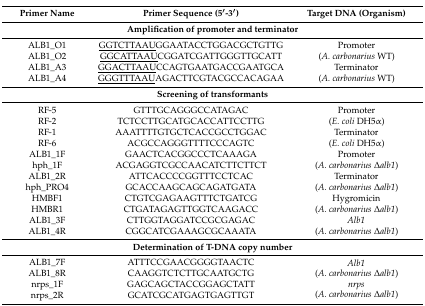
<table><thead><tr><td><b>Primer Name</b></td><td><b>Primer Sequence (5′-3′)</b></td><td><b>Target DNA (Organism)</b></td></tr></thead><tbody><tr><td colspan="3"><b>Amplification of promoter and terminator</b></td></tr><tr><td>ALB1_O1</td><td><underline>GGTCTTAAU</underline>GGAATACCTGGACGCTGTTG</td><td rowspan="2">Promoter(<i>A. carbonarius</i> WT)</td></tr><tr><td>ALB1_O2</td><td><underline>GGCATTAAU</underline>CGGATCGATTGGGTTGCATT</td></tr><tr><td>ALB1_A3</td><td><underline>GGACTTAAU</underline>CCAGTGAATGACCGAATGCA</td><td rowspan="2">Terminator(<i>A. carbonarius</i> WT)</td></tr><tr><td>ALB1_A4</td><td><underline>GGGTTTAAU</underline>AGACTTCGTACGCCACAGAA</td></tr><tr><td colspan="3"><b>Screening of transformants</b></td></tr><tr><td>RF-5</td><td>GTTTGCAGGGCCATAGAC</td><td rowspan="2">Promoter(<i>E. coli</i> DH5α)</td></tr><tr><td>RF-2</td><td>TCTCCTTGCATGCACCATTCCTTG</td></tr><tr><td>RF-1</td><td>AAATTTTGTGCTCACCGCCTGGAC</td><td rowspan="2">Terminator(<i>E. coli</i> DH5α)</td></tr><tr><td>RF-6</td><td>ACGCCAGGGTTTTCCCAGTC</td></tr><tr><td>ALB1_1F</td><td>GAACTCACGGCCCTCAAAGA</td><td rowspan="2">Promoter(<i>A. carbonarius</i> Δ<i>alb1</i>)</td></tr><tr><td>hph_1F</td><td>ACGAGGTCGCCAACATCTTCTTCT</td></tr><tr><td>ALB1_2R</td><td>ATTCACCCCGGTTTCCTCAC</td><td rowspan="2">Terminator(<i>A. carbonarius</i> Δ<i>alb1</i>)</td></tr><tr><td>hph_PRO4</td><td>GCACCAAGCAGCAGATGATA</td></tr><tr><td>HMBF1</td><td>CTGTCGAGAAGTTTCTGATCG</td><td rowspan="2">Hygromicin(<i>A. carbonarius</i> Δ<i>alb1</i>)</td></tr><tr><td>HMBR1</td><td>CTGATAGAGTTGGTCAAGACC</td></tr><tr><td>ALB1_3F</td><td>CTTGGTAGGATCCGCGAGAC</td><td rowspan="2"><i>Alb1</i>(<i>A. carbonarius</i> Δ<i>alb1</i>)</td></tr><tr><td>ALB1_4R</td><td>CGGCATCGAAAGCGCAAATA</td></tr><tr><td colspan="3"><b>Determination of T-DNA copy number</b></td></tr><tr><td>ALB1_7F</td><td>ATTTCCGAACGGGGTAACTC</td><td rowspan="2"><i>Alb1</i>(<i>A. carbonarius</i> Δ<i>alb1</i>)</td></tr><tr><td>ALB1_8R</td><td>CAAGGTCTCTTGCAATGCTG</td></tr><tr><td>nrps_1F</td><td>GAGCAGCTACCGGAGCTATT</td><td rowspan="2"><i>nrps</i>(<i>A. carbonarius</i> Δ<i>alb1</i>)</td></tr><tr><td>nrps_2R</td><td>GCATCGCATGAGTGAGTTGT</td></tr></tbody></table>